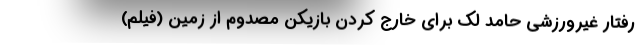
رفتار غیرورزشی حامد لک برای خارج کردن بازیکن مصدوم از زمین (فیلم)